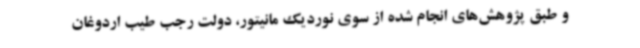
و طبق پژوهش‌های انجام شده از سوی نوردیک مانیتور، دولت رجب طیب اردوغان